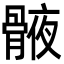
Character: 𮪯